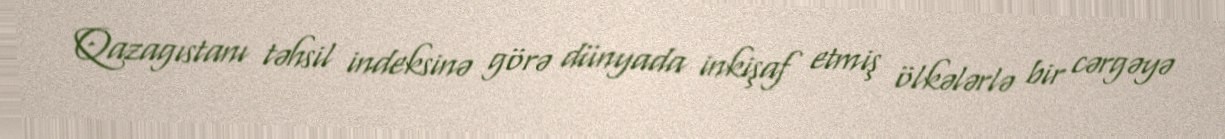
Qazagıstanı təhsil indeksinə görə dünyada inkişaf etmiş ölkələrlə bir cərgəyə